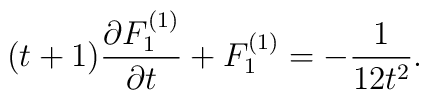
(t +1) {\partial F_1^{(1)} \over \partial t} + F_1^{(1)} = - { 1 \over 12 t^2}.